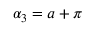
\alpha _ { 3 } = a + \pi